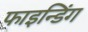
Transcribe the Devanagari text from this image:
फाइन्डिंग